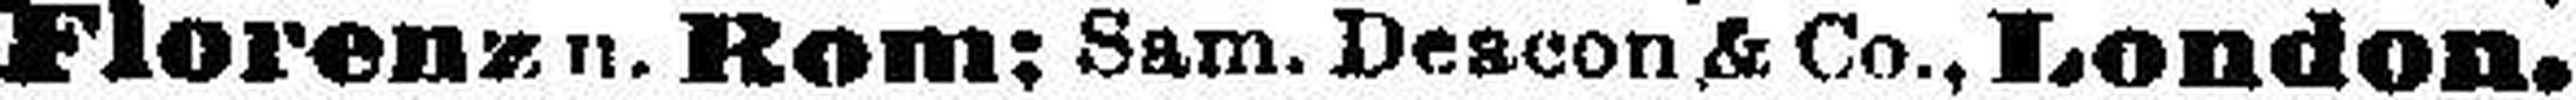
Florenz u. Rom: Sam. Deacon & Co., London.